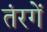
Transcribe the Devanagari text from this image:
तंरगें